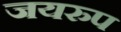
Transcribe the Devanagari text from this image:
जयरुप